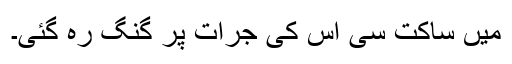
میں ساکت سی اس کی جرأت پر گنگ رہ گئی۔